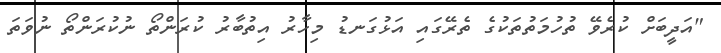
"އަދީބަށް ކުރެވޭ ތުހުމަތުތަކުގެ ތެރޭގައި އަޅުގަނޑު މިހާރު އިތުބާރު ކުރަންތޯ ނުކުރަންތޯ ނުވަތަ